Vaccination report Assam 1896-1927 - 1896-1927
Year: 1896
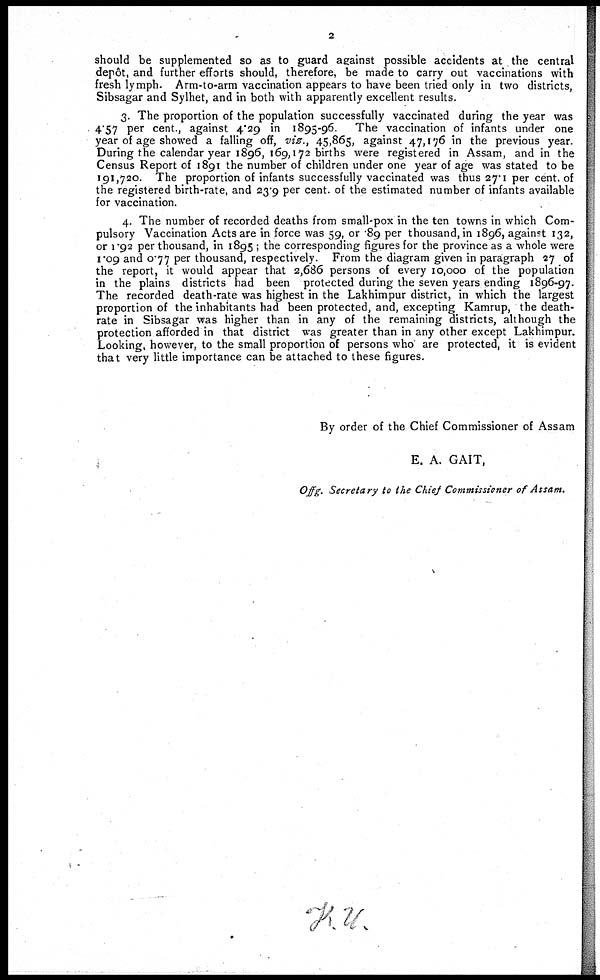
2
should be supplemented so as to guard against possible accidents at the central
depôt, and further efforts should, therefore, be made to carry out vaccinations with
fresh lymph. Arm-to-arm vaccination appears to have been tried only in two districts,
Sibsagar and Sylhet, and in both with apparently excellent results.
3. The proportion of the population successfully vaccinated during the year was
4.57 per cent., against 4.29 in 1895-96. The vaccination of infants under one
year of age showed a falling off, viz., 45,865, against 47,176 in the previous year.
During the calendar year 1896, 169,172 births were registered in Assam, and in the
Census Report of 1891 the number of children under one year of age was stated to be
191,720. The proportion of infants successfully vaccinated was thus 27.1 per cent. of
the registered birth-rate, and 23.9 per cent. of the estimated number of infants available
for vaccination.
4. The number of recorded deaths from small-pox in the ten towns in which Com-
pulsory Vaccination Acts are in force was 59, or .89 per thousand, in 1896, against 132,
or 1.92 per thousand, in 1895 ; the corresponding figures for the province as a whole were
1.09 and 0.77 per thousand, respectively. From the diagram given in paragraph 27 of
the report, it would appear that 2,686 persons of every 10,000 of the population
in the plains districts had been protected during the seven years ending 1896-97.
The recorded death-rate was highest in the Lakhimpur district, in which the largest
proportion of the inhabitants had been protected, and, excepting Kamrup, the death-
rate in Sibsagar was higher than in any of the remaining districts, although the
protection afforded in that district was greater than in any other except Lakhimpur.
Looking, however, to the small proportion of persons who are protected, it is evident
that very little importance can be attached to these figures.
By order of the Chief Commissioner of Assam
E. A. GAIT,
Offg. Secretary to the Chief Commissioner of Assam,